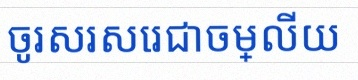
ចូរសរសេរជាចម្លើយ